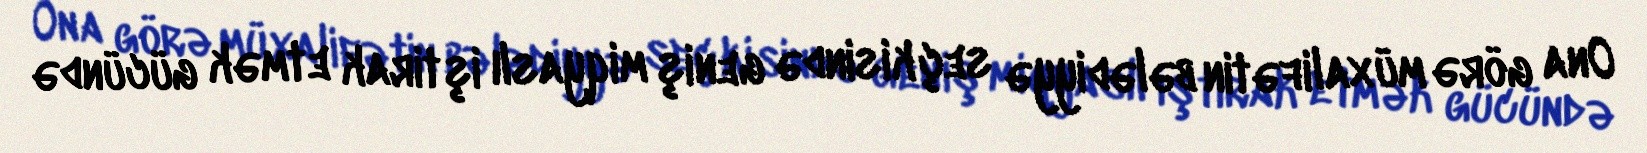
Ona görə müxalifətin bələdiyyə seçkisində geniş miqyaslı iştirak etmək gücündə